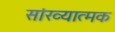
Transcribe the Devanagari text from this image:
सांख्यात्मक